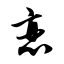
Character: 恋